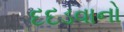
દદડવાનો